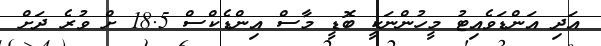
އަދި އަންޑަވެއިޓު މީހުންނަކީ ބޮޑީ މާސް އިންޑެކްސް 18.5 ށް ވުރެ ދަށް